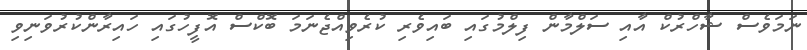
ނަމަވެސް ޝާހްރުކް އާއި ސަލްމާން ފިލްމުގައި ބައިވެރި ކުރެވިއްޖެނަމަ ބޮކްސް އޮފީހުގައި ހައިރާންކުރުވަނިވި